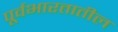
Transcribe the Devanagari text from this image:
पूर्वभारतातील